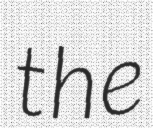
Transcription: the